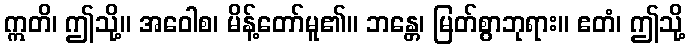
ဣတိ၊ ဤသို့။ အဝေါစ၊ မိန့်တော်မူ၏။ ဘန္တေ၊ မြတ်စွာဘုရား။ ဧတံ၊ ဤသို့